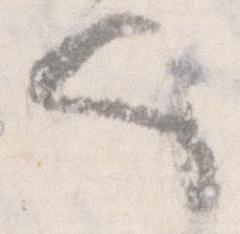
也